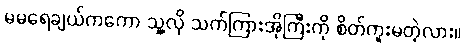
မမရေချယ်ကကော သူ့လို သက်ကြားအိုကြီးကို စိတ်ကူးမတဲ့လား။